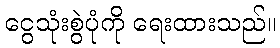
ငွေသုံးစွဲပုံကို ရေးထားသည်။